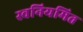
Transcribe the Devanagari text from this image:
स्वनियमित